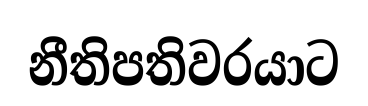
නීතිපතිවරයාට